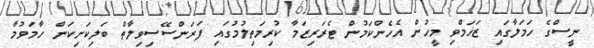
ނީސްގެ ހަމަލާގައި ޒަޚަމްވި މީހުން އެހެންކަމުން ޓެރަރިޒަމާ ކުރިމަތިލުމުގައި ފަރަންސޭސިވިލާތް ބަލިކަށިކަން ހާމަވުމާ